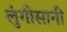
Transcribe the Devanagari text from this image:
लुंगीसानी